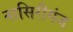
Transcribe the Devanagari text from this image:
नासिरीगंज